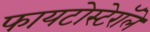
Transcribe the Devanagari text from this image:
फायटोस्टेरॉले